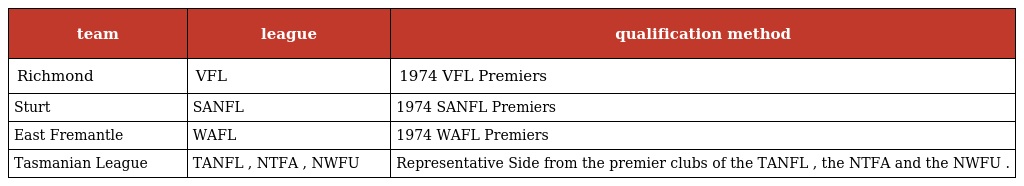
| team | league | qualification method |
 | --- | --- | --- |
 | Richmond | VFL | 1974 VFL Premiers |
 | Sturt | SANFL | 1974 SANFL Premiers |
 | East Fremantle | WAFL | 1974 WAFL Premiers |
 | Tasmanian League | TANFL , NTFA , NWFU | Representative Side from the premier clubs of the TANFL , the NTFA and the NWFU . |